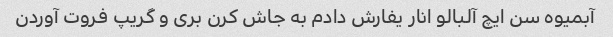
آبمیوه سن ایچ آلبالو انار یفارش دادم به جاش کرن بری و گریپ فروت آوردن